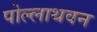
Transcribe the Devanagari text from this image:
पोल्लाथवन